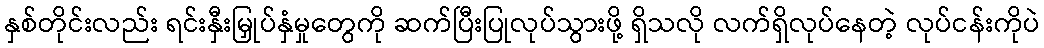
နှစ်တိုင်းလည်း ရင်းနှီးမြှုပ်နှံမှုတွေကို ဆက်ပြီးပြုလုပ်သွားဖို့ ရှိသလို လက်ရှိလုပ်နေတဲ့ လုပ်ငန်းကိုပဲ